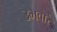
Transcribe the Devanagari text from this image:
उभवारे